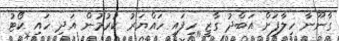
ގާނޫނާ ހިލާފަށް އަބްދު ގާޒީ ހިފައި ހައްޔަރު ކުރުމުން އަދި ހައި ކޯޓު